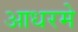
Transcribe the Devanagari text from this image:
आधरमे